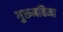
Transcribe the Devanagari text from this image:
गुरूमहिमा